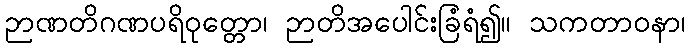
ဉာဏတိဂဏပရိဝုတ္တော၊ ဉာတိအပေါင်းခြံရံ၍။ သကတာဝနာ၊